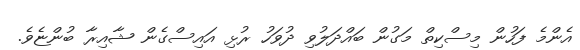
އެންމެ ފަހުން މިސްކިތް މަގުން ބައްދަލުވި ދުވަހު ރުޅި އައިސްގެން ޝާއިރާ ބުންޏެވެ.